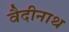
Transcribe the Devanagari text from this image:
वैदीनाथ